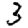
Digit: 3